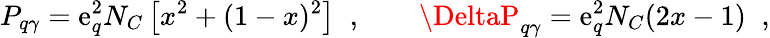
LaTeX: P_{q\gamma}=\mathrm{e}_{q}^{2}N_{C}\left[x^{2}+(1-x)^{2}\right]\; \; ,\qquad\DeltaP_{q\gamma}=\mathrm{e}_{q}^{2}N_{C}(2x-1)\; \; ,